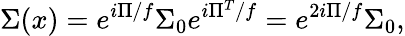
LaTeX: \Sigma(x)=e^{i\Pi/f}\Sigma_{0}e^{i\Pi^{T}/f}=e^{2i\Pi/f}\Sigma_{0},